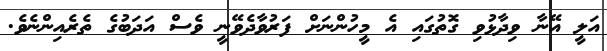
އަލީ އޭނާ ވިދާޅުވި ގޮތުގައި އެ މީހުންނަށް ފަރުވާދެވޭނީ ވެސް އަދަބުގެ ތެރެއިންނެވެ.